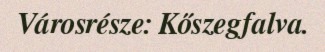
Városrésze: Kőszegfalva.